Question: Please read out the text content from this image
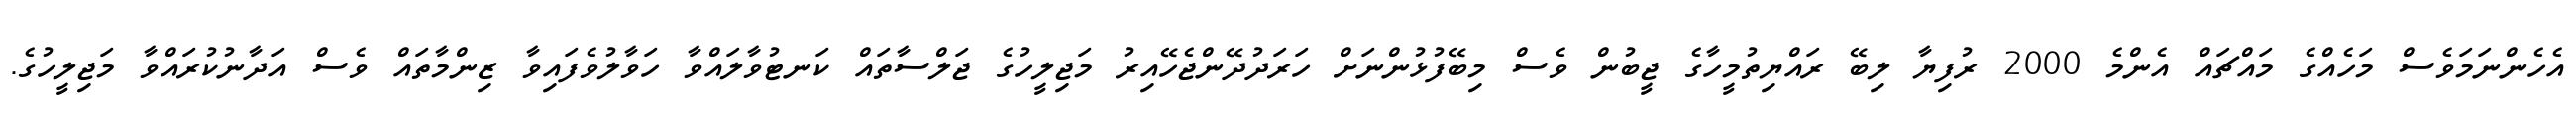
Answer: އެހެންނަމަވެސް މަހެއްގެ މައްޗައް އެންމެ 2000 ރުފިޔާ ލިބޭ ރައްޔިތުމީހާގެ ޖީބުން ވެސް މިބޭފުޅުންނަށް ހަރަދުދޭންޖެހޭއިރު މަޖިލީހުގެ ޖަލްސާތައް ކަނޓުވާލައްވާ ހަވާލުވެފައިވާ ޒިންމާތައް ވެސް އަދާނުކުރައްވާ މަޖިލީހުގެ.